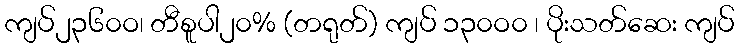
ကျပ်၂၃၆၀ဝ၊ တီစူပါ၂၀% (တရုတ်) ကျပ် ၁၃၀ဝ၀ ၊ ပိုးသတ်ဆေး ကျပ်